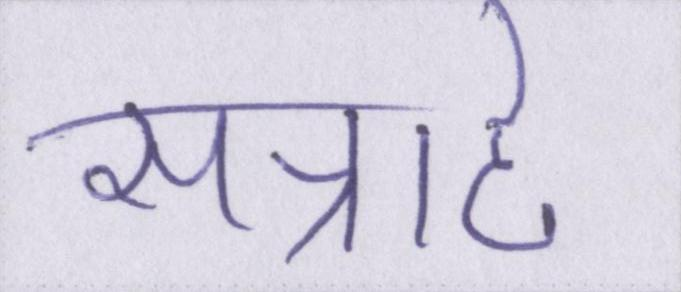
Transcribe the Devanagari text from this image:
सन्नाटे